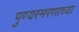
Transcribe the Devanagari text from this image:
पुण्यस्मरणाच्या